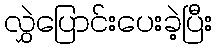
လွှဲပြောင်းပေးခဲ့ပြီး